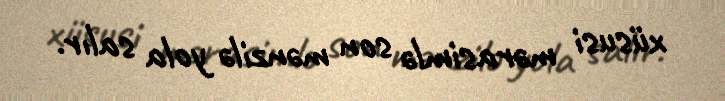
xüsusi mərasimlə son mənzilə yola salır.